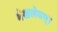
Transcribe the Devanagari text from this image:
मेखलेयम्।